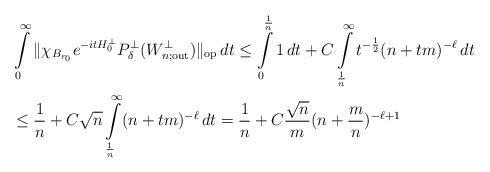
LaTeX: \begin{align*} &\int\limits_0^\infty\|\chi_{B_{r_0}}e^{-itH_0^\perp}P_\delta^\perp(W^\perp_{n;\textrm{out}})\|_\textrm{op}\,dt\leq\int\limits_0^\frac{1}{n}1 \,dt+C\int\limits_{\frac{1}{n}}^\infty t^{-\frac{1}{2}}(n+tm)^{-\ell}\, dt \\ &\leq \frac{1}{n}+C\sqrt{n}\int\limits_{\frac{1}{n}}^\infty (n+tm)^{-\ell} \,dt=\frac{1}{n}+C\frac{\sqrt{n}}{m} (n+\frac{m}{n})^{-\ell+1}\end{align*}